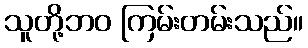
သူတို့ဘဝ ကြမ်းတမ်းသည်။